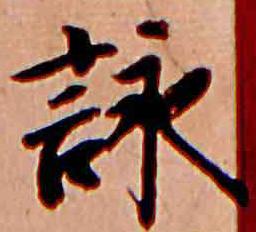
詠